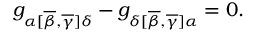
g _ { \alpha [ \overline { { { \beta } } } , \overline { { { \gamma } } } ] \delta } - g _ { \delta [ \overline { { { \beta } } } , \overline { { { \gamma } } } ] \alpha } = 0 .